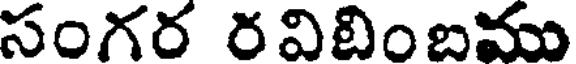
సంగర ర విబింబము